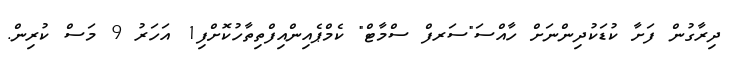
ދިރާގުން ފަށާ ކުޑަކުދިންނަށް ހާއްސަ"ސަރފް ސްމާޓް" ކެމްޕެއިންއިފްތިތާހުކޮށްފި1 އަހަރު 9 މަސް ކުރިން.